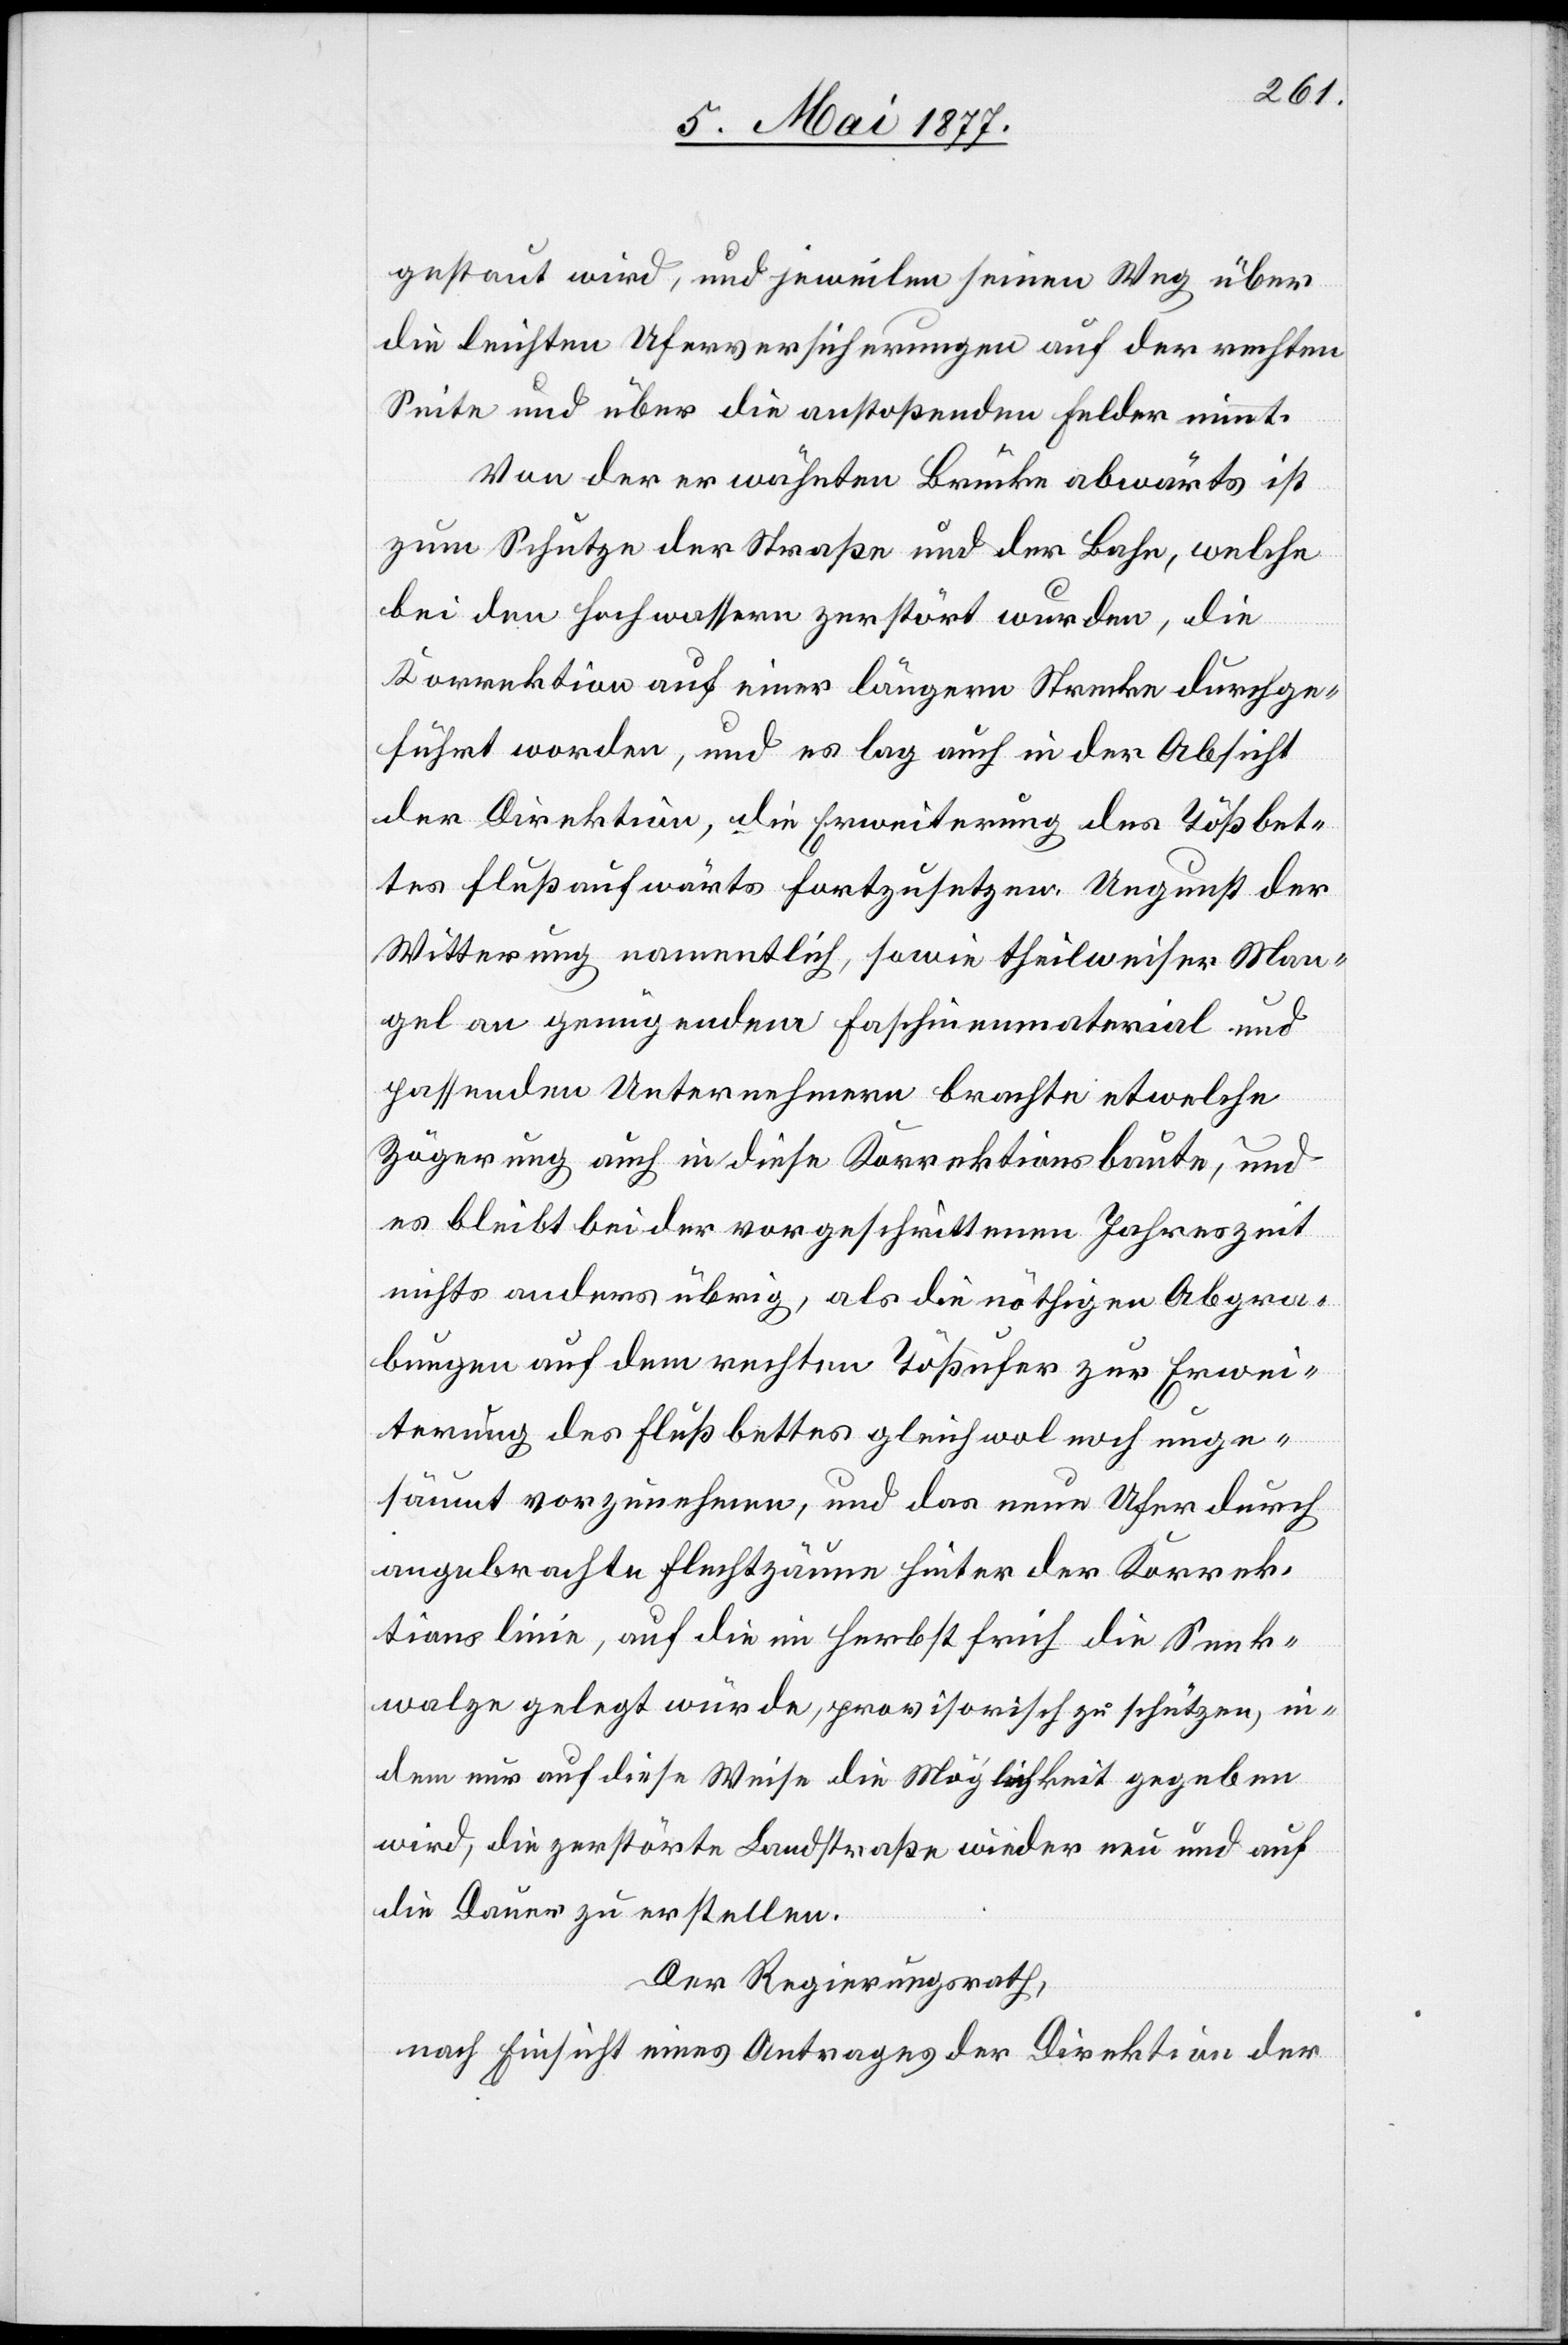
gestaut wird, und jeweilen seinen Weg über
die leichten Uferversicherungen auf der rechten
Seite und über die anstoßenden Felder nimmt.
Von der erwähnten Brücke abwärts ist
zum Schutze der Straße und der Bahn, welche
bei den Hochwassern zerstört wurden, die
Korrektion auf einer längern Strecke durchge¬
führt worden, und es lag auch in der Absicht
der Direktion, die Erweiterung des Tößbet¬
tes flußaufwärts fortzusetzen. Ungunst der
Witterung namentlich, sowie theilweiser Man¬
gel an genügendem Faschinenmaterial und
passenden Unternehmern brachte etwelche
Zögerung auch in diese Korrektionsbaute, und
es bleibt bei der vorgeschrittenen Jahreszeit
nichts anders übrig, als die nöthigen Abgra¬
bungen auf dem rechten Tößufer zur Erwei¬
terung des Flußbettes gleichwol noch unge¬
säumt vorzunehmen, und das neue Ufer durch
angebrachte Flechtzäune hinter der Korrek¬
tionslinie, auf die im Herbst früh die Senk¬
walze gelegt würde, provisorisch zu schützen, in¬
dem nur auf diese Weise die Möglichkeit gegeben
wird, die zerstörte Landstraße wieder neu und auf
die Dauer zu erstellen.
Der Regierungsrath,
nach Einsicht eines Antrages der Direktion der